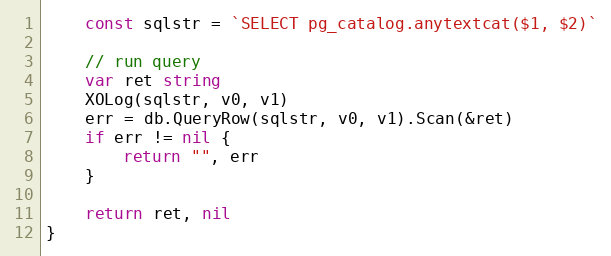
Language: Go
	const sqlstr = `SELECT pg_catalog.anytextcat($1, $2)`

	// run query
	var ret string
	XOLog(sqlstr, v0, v1)
	err = db.QueryRow(sqlstr, v0, v1).Scan(&ret)
	if err != nil {
		return "", err
	}

	return ret, nil
}